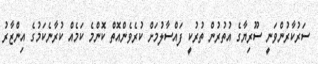
ސަރުކާރުންވަނީ ސޫރިޔާގެ އުތުރުން ތުރުކީ ފައްސާލުމަށް ކުރެވެންއޮތް ކޮންމެ ކަމެއް ކުރާނެކަމުގެ އިންޒާރު